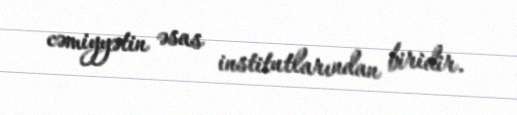
cəmiyyətin əsas institutlarından biridir.